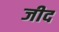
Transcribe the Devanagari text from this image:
जीद